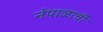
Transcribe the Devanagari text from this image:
नेपाळाची